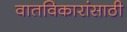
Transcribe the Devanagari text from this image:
वातविकारांसाठी